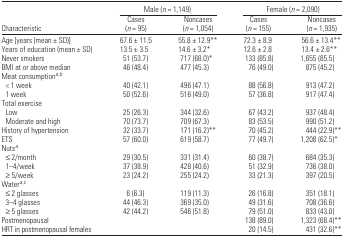
<table><thead><tr><td></td><td colspan="2"><b>Male (<i>n</i> = 1,149)</b></td><td colspan="2"><b>Female (<i>n</i> = 2,090)</b></td></tr><tr><td><b>Characteristic</b></td><td><b>Cases (<i>n</i> = 95)</b></td><td><b>Noncases (<i>n</i> = 1,054)</b></td><td><b>Cases (<i>n</i> = 155)</b></td><td><b>Noncases (<i>n</i> = 1,935)</b></td></tr></thead><tbody><tr><td>Age [years (mean ± SD)]</td><td>67.6 ± 11.5</td><td>55.8 ± 12.9**</td><td>72.3 ± 8.9</td><td>56.6 ± 13.4**</td></tr><tr><td>Years of education (mean ± SD)</td><td>13.5 ± 3.5</td><td>14.6 ± 3.2*</td><td>12.6 ± 2.8</td><td>13.4 ± 2.6**</td></tr><tr><td>Never smokers</td><td>51 (53.7)</td><td>717 (68.0)*</td><td>133 (85.8)</td><td>1,655 (85.5)</td></tr><tr><td>BMI at or above median</td><td>46 (48.4)</td><td>477 (45.3)</td><td>76 (49.0)</td><td>875 (45.2)</td></tr><tr><td colspan="5">Meat consumptiona<sup>,</sup>b</td></tr><tr><td> &lt; 1 week</td><td>40 (42.1)</td><td>496 (47.1)</td><td>88 (56.8)</td><td>913 (47.2)</td></tr><tr><td> 1 week</td><td>50 (52.6)</td><td>516 (49.0)</td><td>57 (36.8)</td><td>917 (47.4)</td></tr><tr><td colspan="5">Total exercise</td></tr><tr><td> Low</td><td>25 (26.3)</td><td>344 (32.6)</td><td>67 (43.2)</td><td>937 (48.4)</td></tr><tr><td> Moderate and high</td><td>70 (73.7)</td><td>709 (67.3)</td><td>83 (53.5)</td><td>990 (51.2)</td></tr><tr><td>History of hypertension</td><td>32 (33.7)</td><td>171 (16.2)**</td><td>70 (45.2)</td><td>444 (22.9)**</td></tr><tr><td>ETS</td><td>57 (60.0)</td><td>619 (58.7)</td><td>77 (49.7)</td><td>1,208 (62.5)*</td></tr><tr><td colspan="5">Nutsa</td></tr><tr><td> ≤2/month</td><td>29 (30.5)</td><td>331 (31.4)</td><td>60 (38.7)</td><td>684 (35.3)</td></tr><tr><td> 1–4/week</td><td>37 (38.9)</td><td>428 (40.6)</td><td>51 (32.9)</td><td>736 (38.0)</td></tr><tr><td> ≥5/week</td><td>23 (24.2)</td><td>255 (24.2)</td><td>33 (21.3)</td><td>397 (20.5)</td></tr><tr><td colspan="5">Watera<sup>,</sup>c</td></tr><tr><td> ≤2 glasses</td><td>6 (6.3)</td><td>119 (11.3)</td><td>26 (16.8)</td><td>351 (18.1)</td></tr><tr><td> 3–4 glasses</td><td>44 (46.3)</td><td>369 (35.0)</td><td>49 (31.6)</td><td>708 (36.6)</td></tr><tr><td> ≥5 glasses</td><td>42 (44.2)</td><td>546 (51.8)</td><td>79 (51.0)</td><td>833 (43.0)</td></tr><tr><td>Postmenopausal</td><td></td><td></td><td>138 (89.0)</td><td>1,323 (68.4)**</td></tr><tr><td>HRT in postmenopausal females</td><td></td><td></td><td>20 (14.5)</td><td>431 (32.6)**</td></tr></tbody></table>